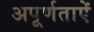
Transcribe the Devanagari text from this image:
अपूर्णताऐं